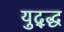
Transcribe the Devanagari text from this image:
युद्द्ध